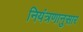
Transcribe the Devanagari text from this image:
नियंत्रणानुसार